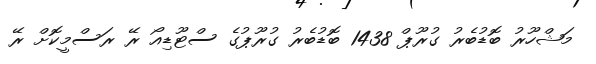
މަޝްހޫރު ބޮޑުބެރު ގުރޫޕް 1438 ބޮޑުބެރު ގުރޫޕުގެ ސްޓޫޑިއޯ ރޭ ރަސްމީކޮށް ރޭ